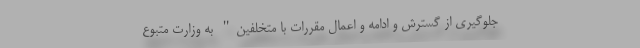
جلوگیری از گسترش و ادامه و اعمال مقررات با متخلفین" به وزارت متبوع